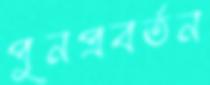
পুনপ্রবর্তন